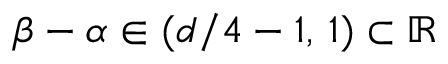
\beta - \alpha \in ( d / 4 - 1 , \, 1 ) \subset \mathbb R